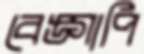
বেঙ্গাপি